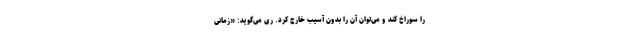
را سوراخ کند و می‌توان آن را بدون آسیب خارج کرد. ری می‌گوید: «زمانی